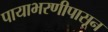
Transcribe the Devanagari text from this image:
पायाभरणीपासून